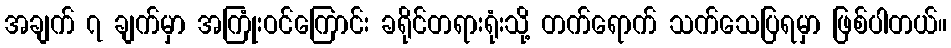
အချက် ၇ ချက်မှာ အကြုံးဝင်ကြောင်း ခရိုင်တရားရုံးသို့ တက်ရောက် သက်သေပြရမှာ ဖြစ်ပါတယ်။